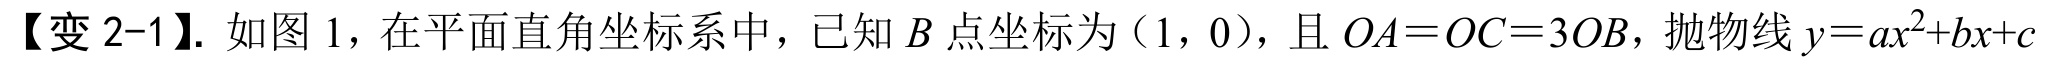
【变 2-1】. 如图 1，在平面直角坐标系中，已知\(B\)点坐标为\((1,0)\)，且 \(OA = OC = 3OB\)，抛物线\(y = ax^{2}+bx + c\)